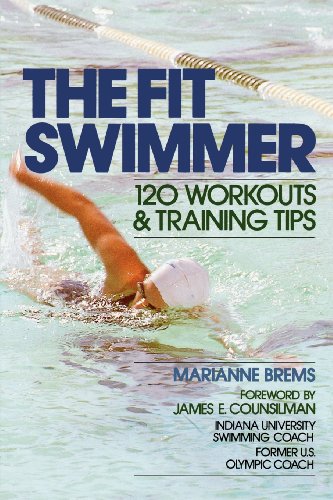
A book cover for The Fit Swimmer: 120 Workouts & Training Tips; Marianne Brems; Health, Fitness & Dieting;